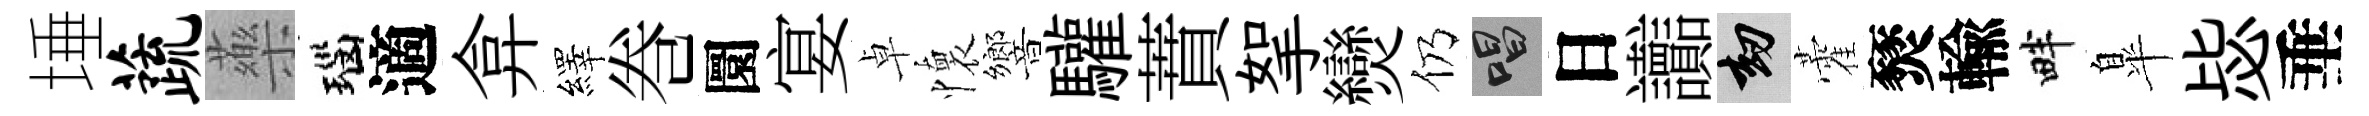
埵蔬藥瑙適弇繹巻圜宴卓懷響驩蕡挐𤓖仍唱日讟劫藿燹輸畔臯毖垂